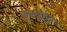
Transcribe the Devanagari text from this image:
समछार